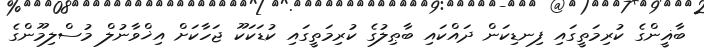
ބާޣީންގެ ކުރިމަތީގައި ފިނޑިކަން ދައްކައި ބާޠިލުގެ ކުރިމަތީގައި ކުޑަކަކޫ ޖަހާކަށް އިޚްވާނުލް މުސްލިމޫންގެ